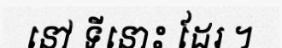
នៅ ទីនោះ ដែរ ។